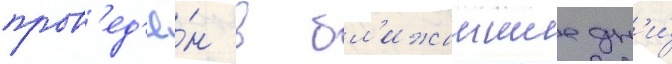
пров'ед'ё́н в бл'ижаишие дн'и́